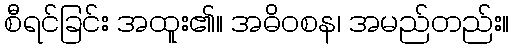
စီရင်ခြင်း အထူး၏။ အဓိဝစန၊ အမည်တည်း။